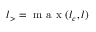
{ l } _ { > } = \mathrm { ~ m ~ a ~ x ~ } ( { { l } _ { c } , { l } } )